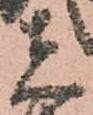
者